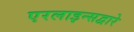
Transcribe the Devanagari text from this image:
एरलाइन्सद्वारे